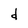
Character: d